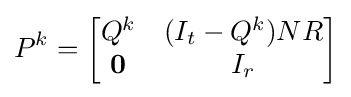
P^{k}={\begin{bmatrix}Q^{k}&(I_{t}-Q^{k})NR\\\mathbf {0} &I_{r}\end{bmatrix}}